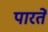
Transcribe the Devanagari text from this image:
पारतें